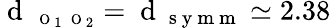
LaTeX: \mathrm{~d~}_{\mathrm{~\scriptsize~O~}_{1}\mathrm{~\scriptsize~O~}_{2}}=\mathrm{~d~}_{\mathrm{~s~y~m~m~}}\simeq 2.38